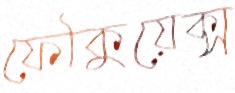
ফৌকুয়েক্স